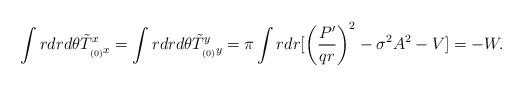
LaTeX: \begin{align*}\int rdrd\theta \tilde T^x_{_{(0)}x}=\int rdrd\theta\tilde T^y_{_{(0)}y}= \pi \int r dr[\left(\frac{P'}{q r}\right)^2- \sigma^2 A^2 - V] = - W.\end{align*}